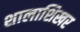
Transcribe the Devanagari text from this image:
शालाशिखर